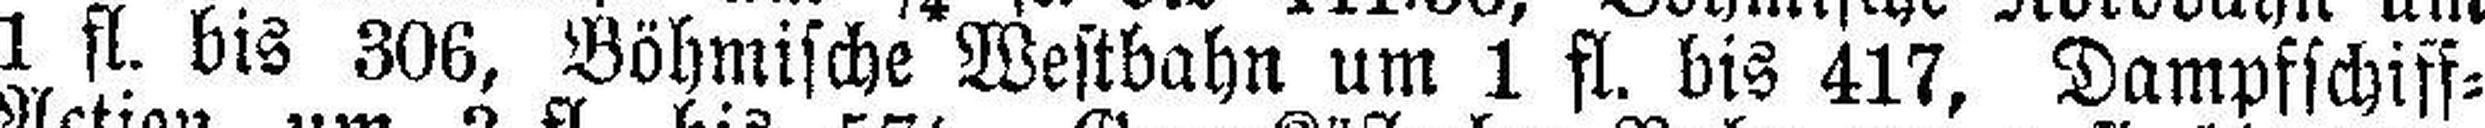
1 fl. bis 306, Böhmische Westbahn um 1 fl. bis 417, Dampfschiff=